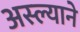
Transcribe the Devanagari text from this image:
अस्ल्याने